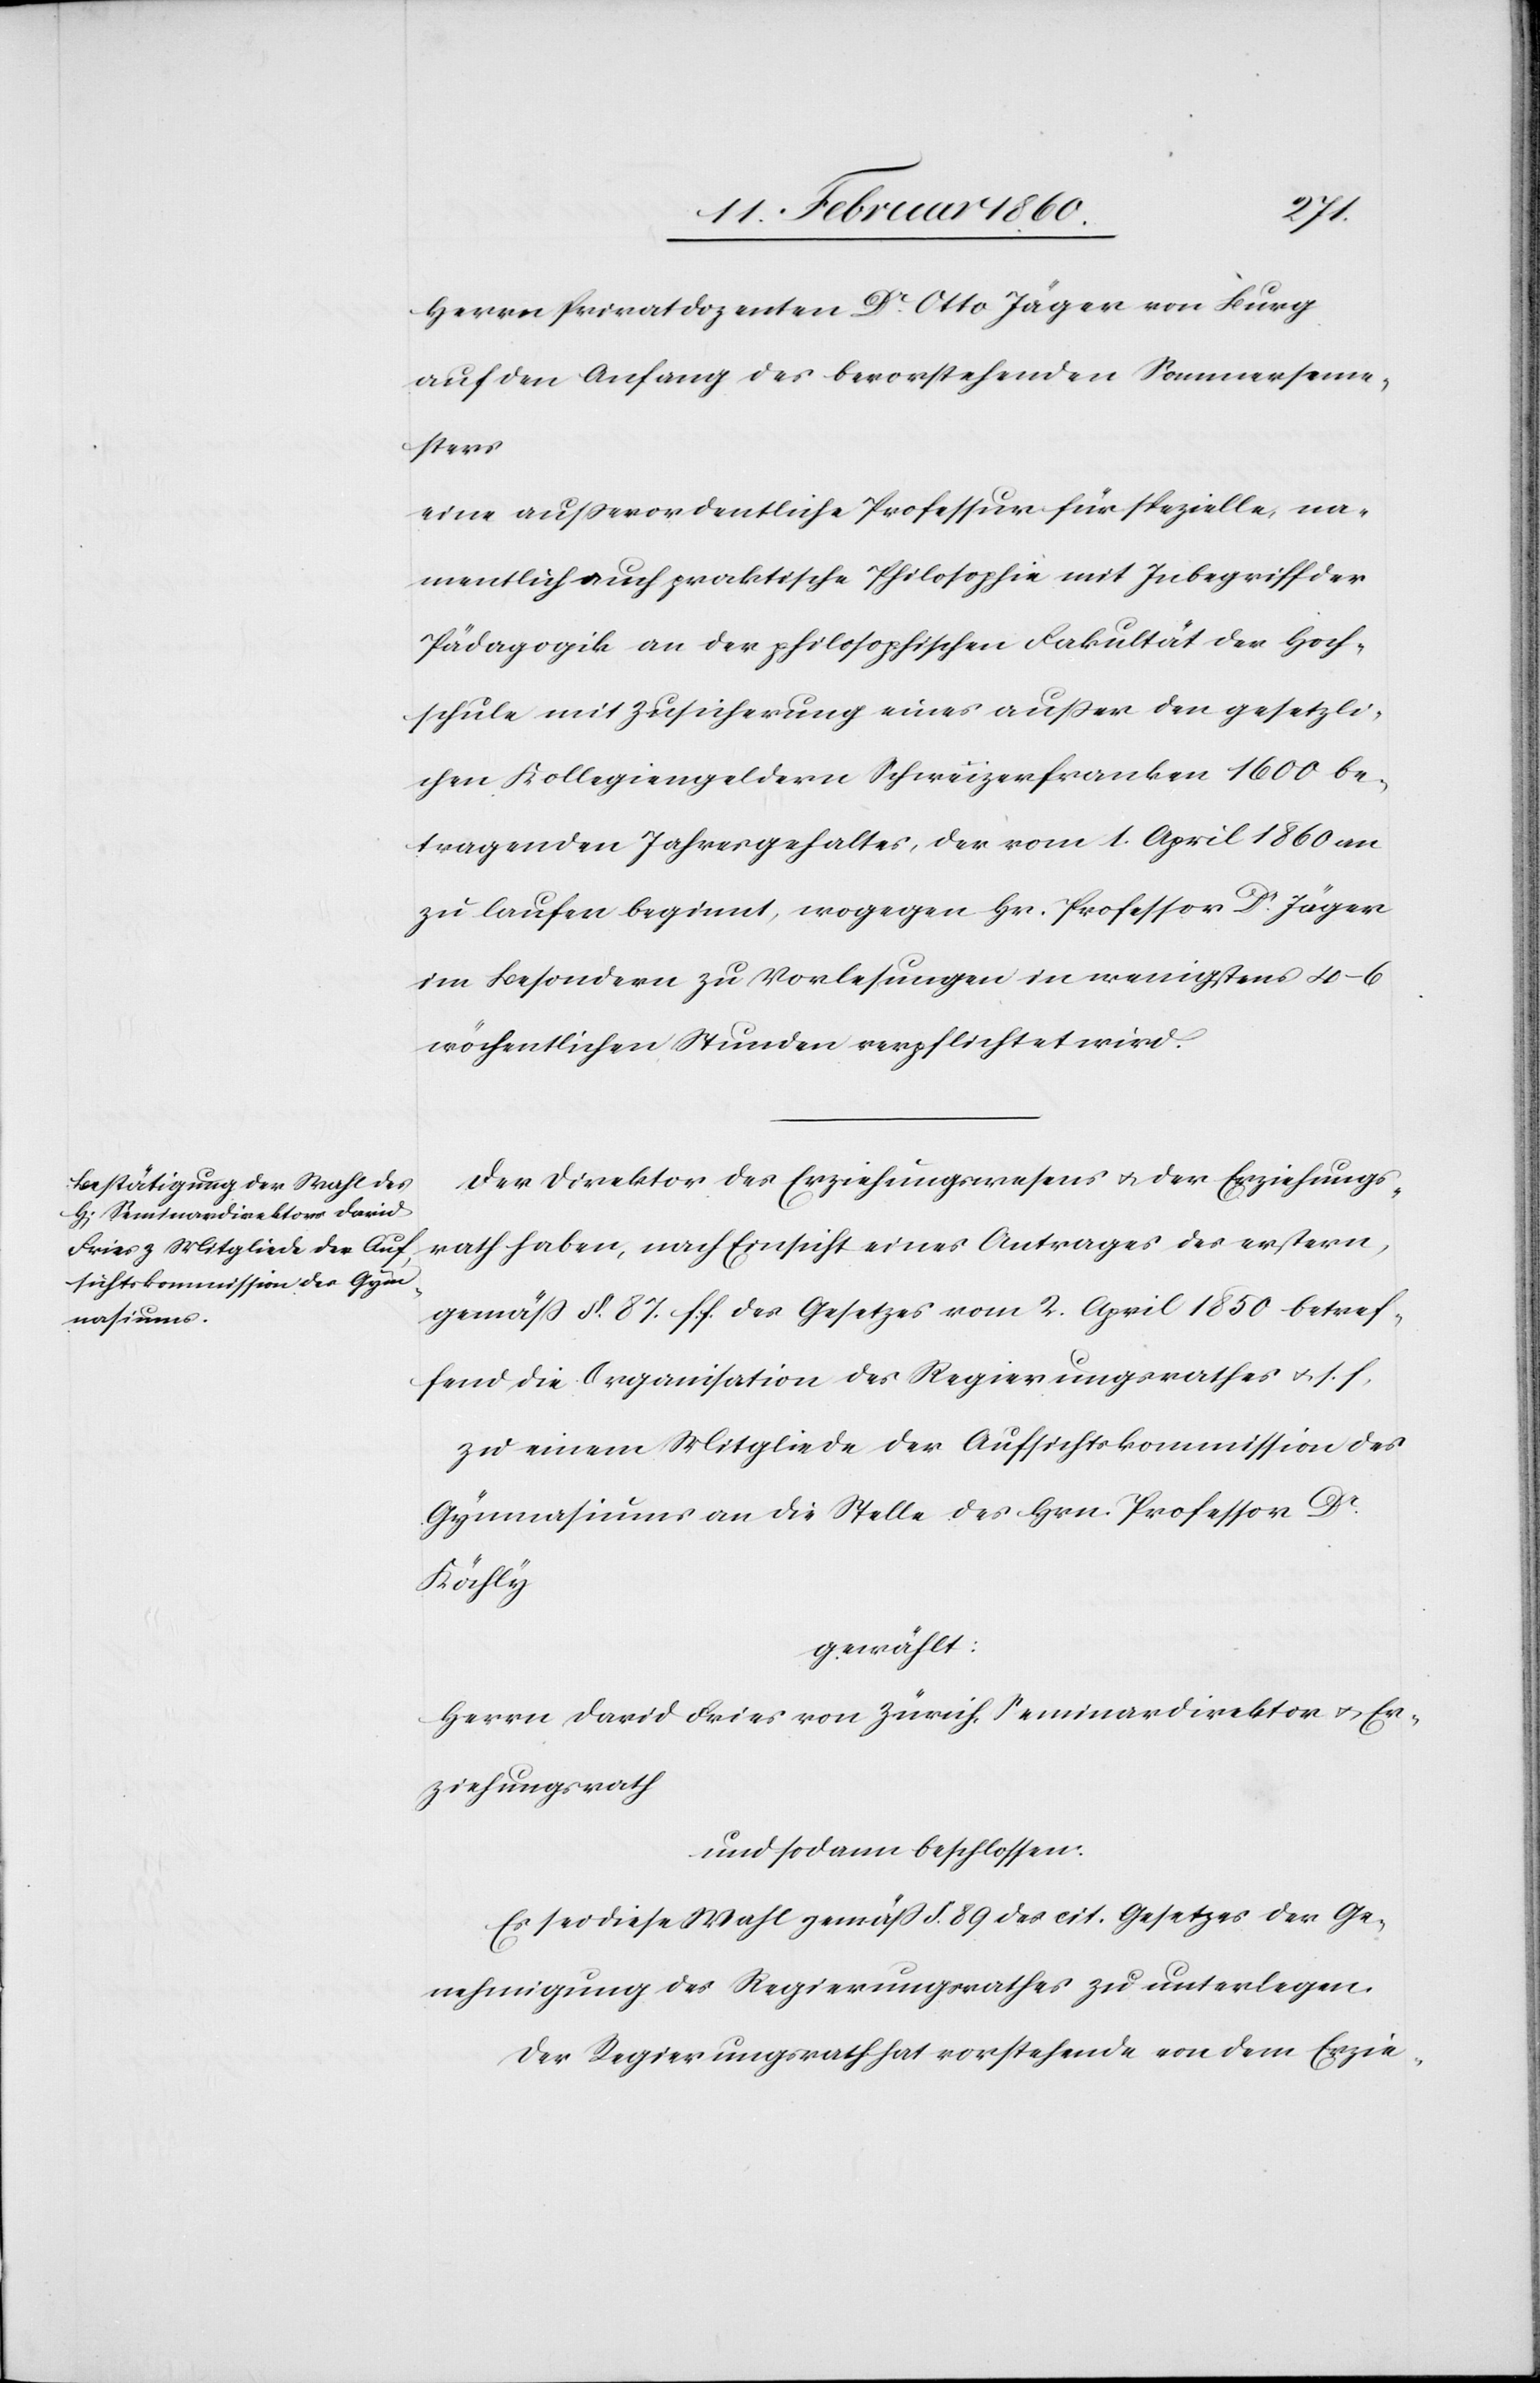
Herrn Privatdozenten Dr Otto Jäger von Burg
auf den Anfang des bevorstehenden Sommerseme¬
sters
eine außerordentliche Professur für spezielle, na¬
mentlich auch praktische Philosophie mit Inbegriff der
Pädagogik an der philosophischen Fakultät der Hoch¬
schule mit Zusicherung eines außer der gesetzli¬
chen Kollegiengeldern Schweizerfranken 1600 be¬
tragenden Jahresgehaltes, der vom 1. April 1860 an
zu laufen beginnt, wogegen Hr. Professor Dr Jäger
im Besondern zu Vorlesungen in wenigstens 4–6
wöchentlichen Stunden verpflichtet wird.
Der Direktor des Erziehungswesens u. der Erziehungs¬
rath haben, nach Einsicht eines Antrages des erstern,
gemäß §. 87. f. f. des Gesetzes vom 2. April 1850 betref¬
fend die Organisation des Regierungsrathes u. s. f.
zu einem Mitgliede der Aufsichtskommission des
Gymnasiums an die Stelle des Hrn. Professor Dr
Köchly
gewählt:
Herrn David Fries von Zürich, Seminardirektor u. Er¬
ziehungsrath
und sodann beschlossen:
Es sei diese Wahl gemäss §. 89. des cit. Gesetzes der Ge¬
nehmigung des Regierungsrathes zu unterlegen.
Der Regierungsrath hat vorstehende von dem Erzie-